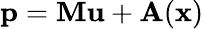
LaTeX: \mathbf{p}=\mathbf{M}\mathbf{u}+\mathbf{A}(\mathbf{x})